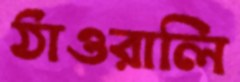
ঠাওরালি